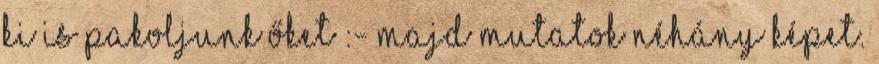
ki is pakoljunk őket :- Majd mutatok néhány képet.